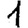
Digit: 1